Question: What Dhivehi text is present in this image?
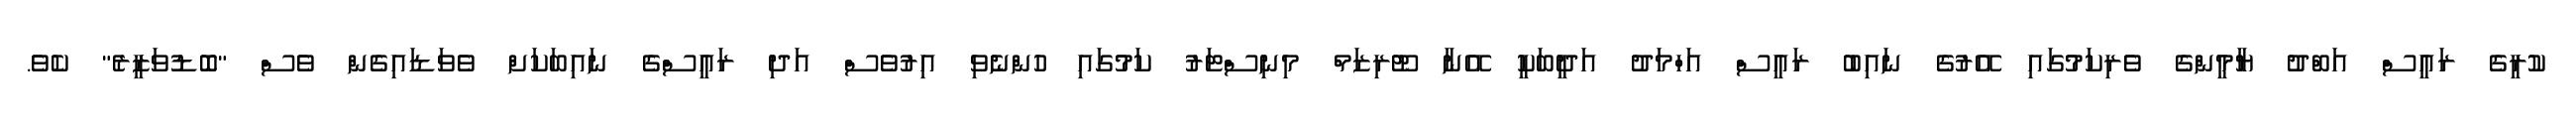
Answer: ކުރީގެ ރައީސް އަބްދު ޔާމީންގެ ވެރިކަމުގައި އޭރުގެ ނައިބު ރައީސް އަހްމަދު އަދީބަކީ އޭނާ ޓޫރިޒަމް މިނިސްޓަރު ކަމުގައި ހުންނެވި އިރުވެސް އަދި ރައީސްގެ ނައިބަކަށް ވެވަޑައިގެން ވެސް "ބޮޑުވަޒީރެ" ކެވެ.